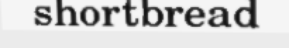
shortbread